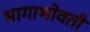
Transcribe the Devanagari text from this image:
भागाभोवती